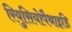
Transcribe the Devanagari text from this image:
रियुसियोपैथाइडि